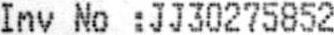
INV NO :JJ30275852